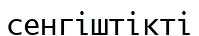
сенгіштікті